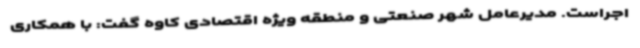
اجراست. مدیرعامل شهر صنعتی و منطقه ویژه اقتصادی کاوه گفت: با همکاری